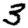
Digit: 3